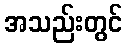
အသည်းတွင်